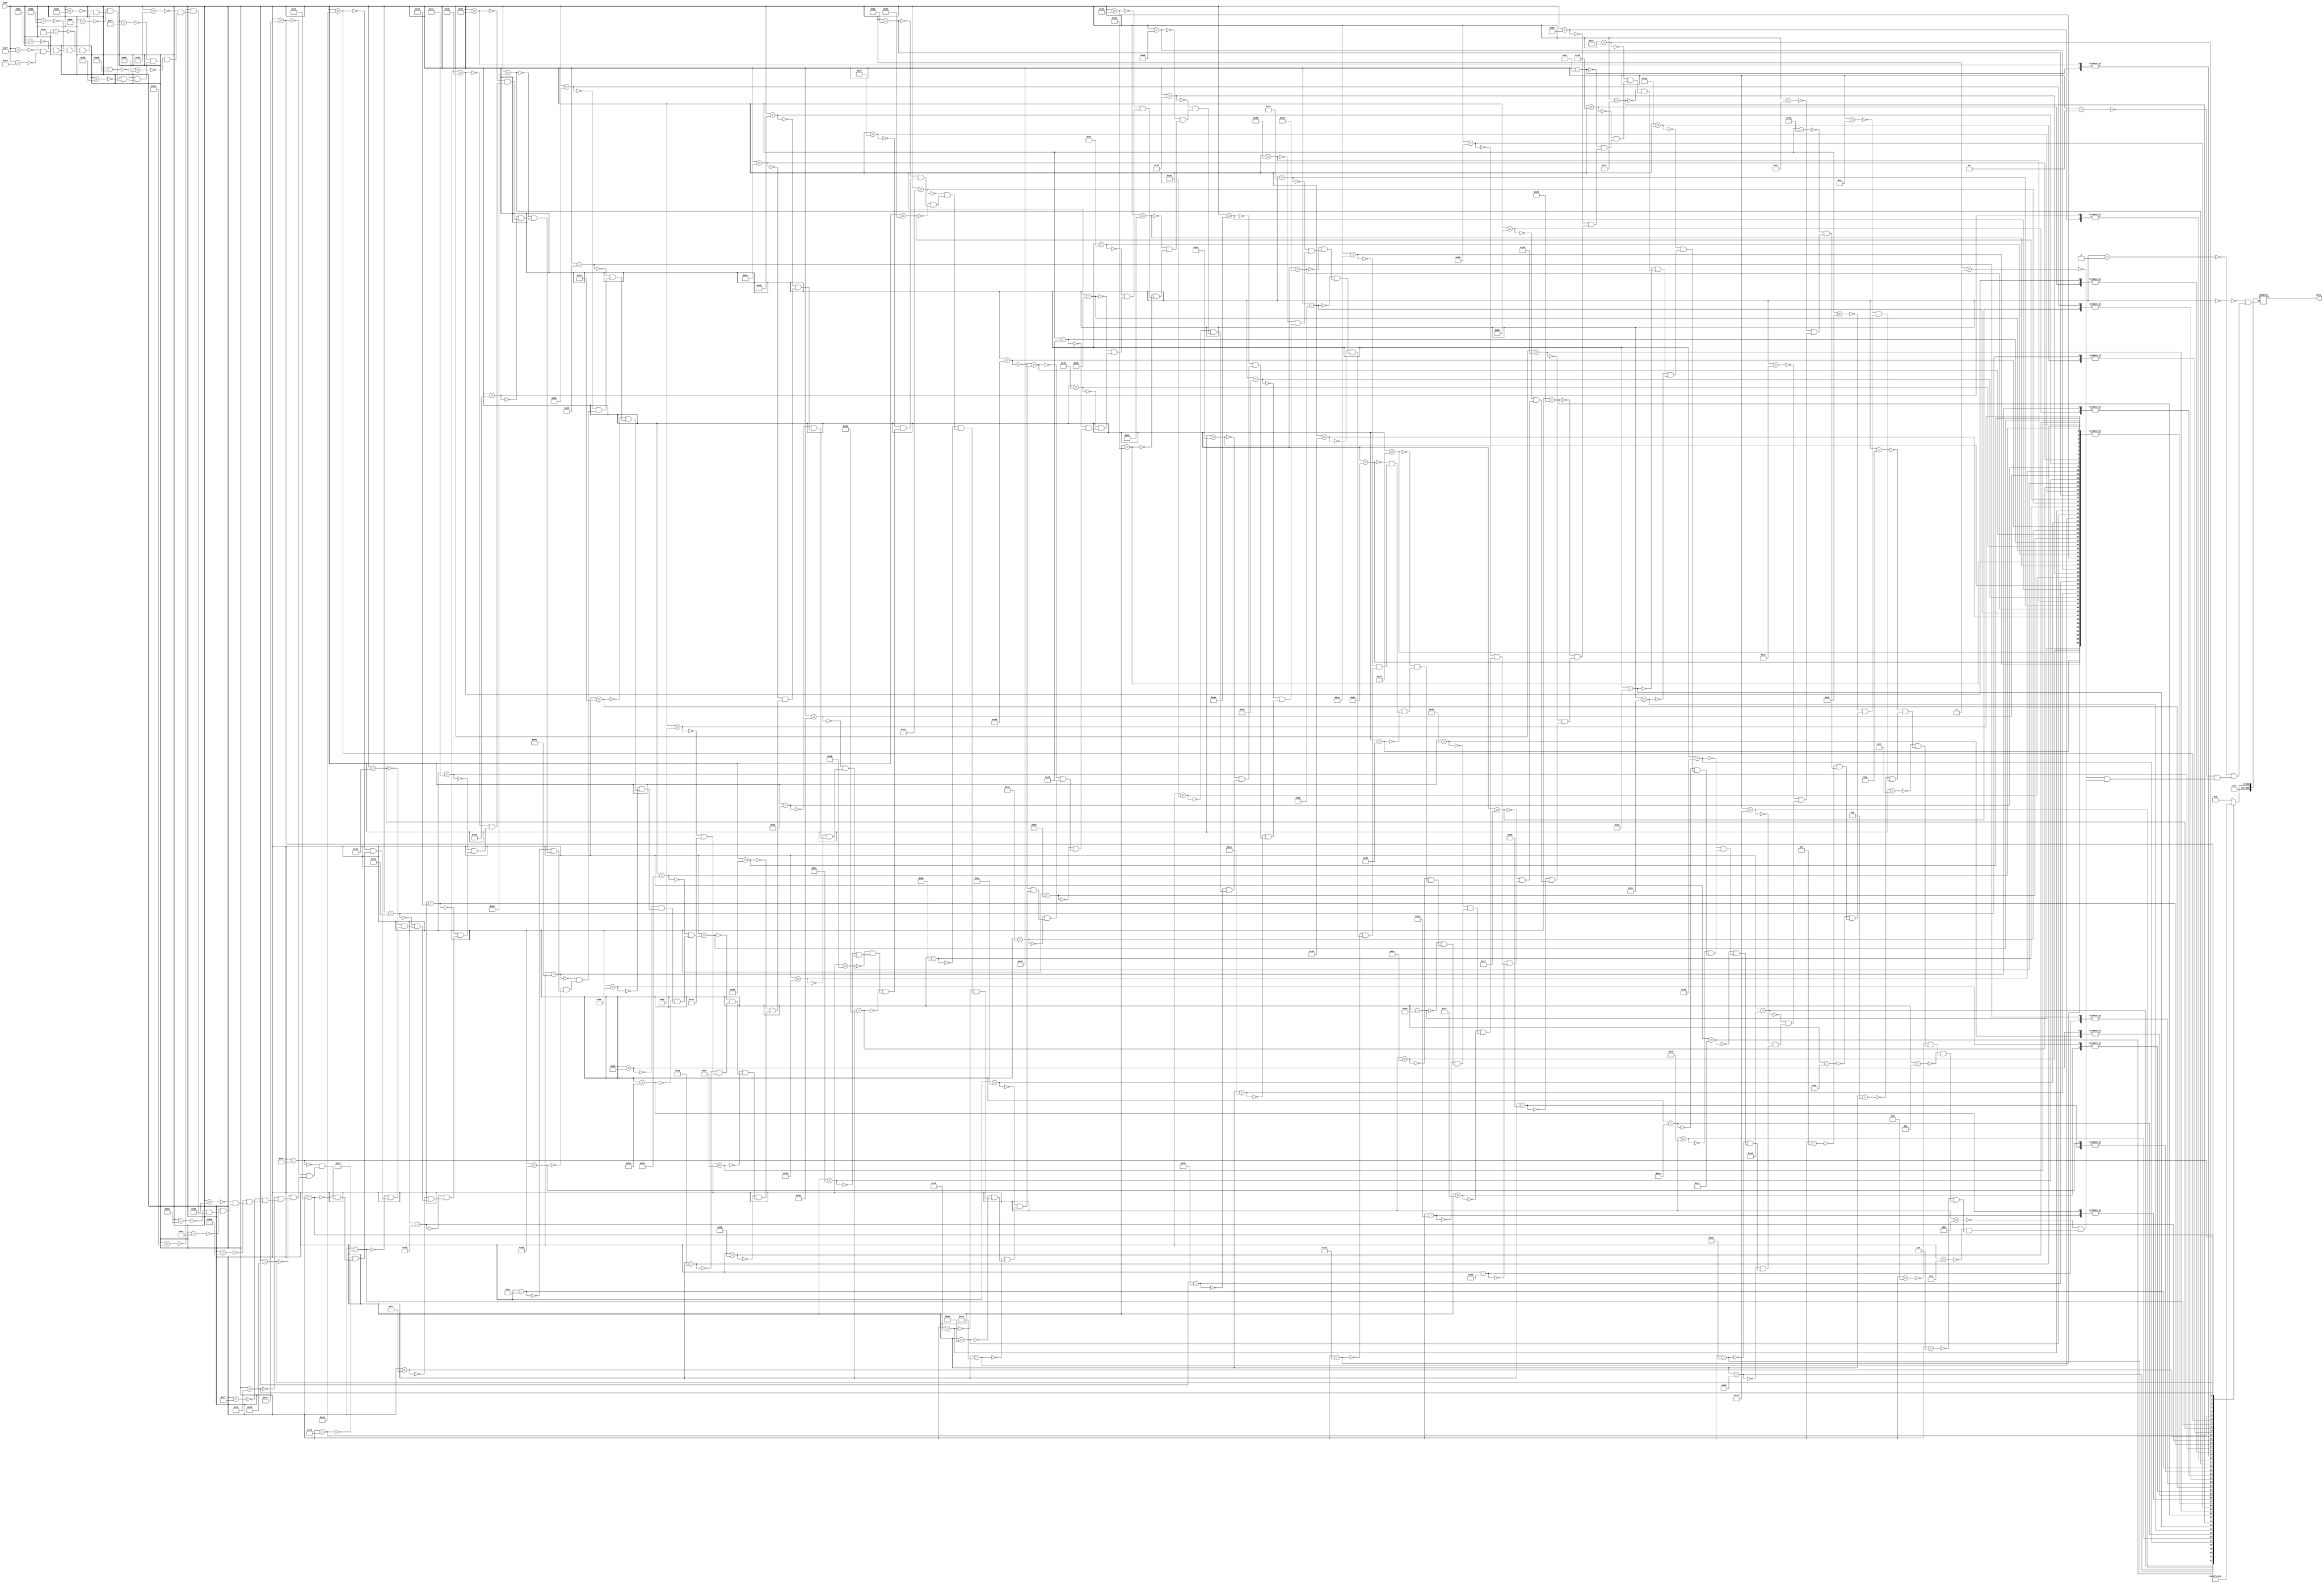
`timescale 1ns / 1ps
//////////////////////////////////////////////////////////////////////////////////
// Company: 
// Engineer: 
// 
// Design Name: 
// Module Name:    ROM_Hexagon 
// Project Name: 
// Target Devices: 
// Tool versions: 
// Description: 
//
// Dependencies: 
//
// Revision: 
// Revision 0.01 - File Created
// Additional Comments: 
//
//////////////////////////////////////////////////////////////////////////////////
module ROM_Hexagon(
    input [7:0] addr,
    output reg [199:0] data
    );

always @* begin
	case(addr)
		8'h0: data = 200'b00000000000000000000000000000000000000000000000000000000000000000000000000000000000000000000000000000000000000000000000000000000000000000000000000000000000000000000000000000000000000000000000000000000;
		8'h1: data = 200'b00000000000000000000000000000000000000000000000000000000000000000000000000000000000000000000000000000000000000000000000000000000000000000000000000000000000000000000000000000000000000000000000000000000;
		8'h2: data = 200'b00000000000000000000000000000000000000000000000000000000000000000000000000000000000000000000000000000000000000000000000000000000000000000000000000000000000000000000000000000000000000000000000000000000;
		8'h3: data = 200'b00000000000000000000000000000000000000000000000000000000000000000000000000000000000000000000000000000000000000000000000000000000000000000000000000000000000000000000000000000000000000000000000000000000;
		8'h4: data = 200'b00000000000000000000000000000000000000000000000000000000000000000000000000000000000000000000000000000000000000000000000000000000000000000000000000000000000000000000000000000000000000000000000000000000;
		8'h5: data = 200'b00000000000000000000000000000000000000000000000000000000000000000000000000000000000000000000000000000000000000000000000000000000000000000000000000000000000000000000000000000000000000000000000000000000;
		8'h6: data = 200'b00000000000000000000000000000000000000000000000000000000000000000000000000000000000000000000000000000000000000000000000000000000000000000000000000000000000000000000000000000000000000000000000000000000;
		8'h7: data = 200'b00000000000000000000000000000000000000000000000000000000000000000000000000000000000000000000000000000000000000000000000000000000000000000000000000000000000000000000000000000000000000000000000000000000;
		8'h8: data = 200'b00000000000000000000000000000000000000000000000000000000000000000000000000000000000000000000000000000000000000000000000000000000000000000000000000000000000000000000000000000000000000000000000000000000;
		8'h9: data = 200'b00000000000000000000000000000000000000000000000000000000000000000000000000000000000000000000000000000000000000000000000000000000000000000000000000000000000000000000000000000000000000000000000000000000;
		8'ha: data = 200'b00000000000000000000000000000000000000000000000000000000000000000000000000000000000000000000000000000000000000000000000000000000000000000000000000000000000000000000000000000000000000000000000000000000;
		8'hb: data = 200'b00000000000000000000000000000000000000000000000000000000000000000000000000000000000000000000000000000000000000000000000000000000000000000000000000000000000000000000000000000000000000000000000000000000;
		8'hc: data = 200'b00000000000000000000000000000000000000000000000000000000000000000000000000000000000000000000000000000000000000000000000000000000000000000000000000000000000000000000000000000000000000000000000000000000;
		8'hd: data = 200'b00000000000000000000000000000000000000000000000000000000000000000000000000000000000000000000000000000000000000000000000000000000000000000000000000000000000000000000000000000000000000000000000000000000;
		8'he: data = 200'b00000000000000000000000000000000000000000000000000000000000000000000000000000000000000000000000000000000000000000000000000000000000000000000000000000000000000000000000000000000000000000000000000000000;
		8'hf: data = 200'b00000000000000000000000000000000000000000000000000000000000000000000000000000000000000000000000000000000000000000000000000000000000000000000000000000000000000000000000000000000000000000000000000000000;
		8'h10: data = 200'b00000000000000000000000000000000000000000000000000000000000000000000000000000000000000000000000000000000000000000000000000000000000000000000000000000000000000000000000000000000000000000000000000000000;
		8'h11: data = 200'b00000000000000000000000000000000000000000000000000000000000000000000000000000000000000000000000000000000000000000000000000000000000000000000000000000000000000000000000000000000000000000000000000000000;
		8'h12: data = 200'b00000000000000000000000000000000000000000000000000000000000000000000000000000000000000000000000000000000000000000000000000000000000000000000000000000000000000000000000000000000000000000000000000000000;
		8'h13: data = 200'b00000000000000000000000000000000000000000000000000000000000000000000000000000000000000000000000000011100000000000000000000000000000000000000000000000000000000000000000000000000000000000000000000000000;
		8'h14: data = 200'b00000000000000000000000000000000000000000000000000000000000000000000000000000000000000000000000001111111000000000000000000000000000000000000000000000000000000000000000000000000000000000000000000000000;
		8'h15: data = 200'b00000000000000000000000000000000000000000000000000000000000000000000000000000000000000000000000111111111111000000000000000000000000000000000000000000000000000000000000000000000000000000000000000000000;
		8'h16: data = 200'b00000000000000000000000000000000000000000000000000000000000000000000000000000000000000000000111111111111111110000000000000000000000000000000000000000000000000000000000000000000000000000000000000000000;
		8'h17: data = 200'b00000000000000000000000000000000000000000000000000000000000000000000000000000000000000000011111111111111111111100000000000000000000000000000000000000000000000000000000000000000000000000000000000000000;
		8'h18: data = 200'b00000000000000000000000000000000000000000000000000000000000000000000000000000000000000001111111111111111111111111000000000000000000000000000000000000000000000000000000000000000000000000000000000000000;
		8'h19: data = 200'b00000000000000000000000000000000000000000000000000000000000000000000000000000000000000111111111111111111111111111110000000000000000000000000000000000000000000000000000000000000000000000000000000000000;
		8'h1a: data = 200'b00000000000000000000000000000000000000000000000000000000000000000000000000000000000011111111111111111111111111111111110000000000000000000000000000000000000000000000000000000000000000000000000000000000;
		8'h1b: data = 200'b00000000000000000000000000000000000000000000000000000000000000000000000000000000011111111111111111111111111111111111111100000000000000000000000000000000000000000000000000000000000000000000000000000000;
		8'h1c: data = 200'b00000000000000000000000000000000000000000000000000000000000000000000000000000001111111111111111111111111111111111111111111000000000000000000000000000000000000000000000000000000000000000000000000000000;
		8'h1d: data = 200'b00000000000000000000000000000000000000000000000000000000000000000000000000000111111111111111111111111111111111111111111111110000000000000000000000000000000000000000000000000000000000000000000000000000;
		8'h1e: data = 200'b00000000000000000000000000000000000000000000000000000000000000000000000000011111111111111111111111111111111111111111111111111100000000000000000000000000000000000000000000000000000000000000000000000000;
		8'h1f: data = 200'b00000000000000000000000000000000000000000000000000000000000000000000000001111111111111111111111111111111111111111111111111111111100000000000000000000000000000000000000000000000000000000000000000000000;
		8'h20: data = 200'b00000000000000000000000000000000000000000000000000000000000000000000001111111111111111111111111111111111111111111111111111111111111000000000000000000000000000000000000000000000000000000000000000000000;
		8'h21: data = 200'b00000000000000000000000000000000000000000000000000000000000000000000111111111111111111111111111111111111111111111111111111111111111110000000000000000000000000000000000000000000000000000000000000000000;
		8'h22: data = 200'b00000000000000000000000000000000000000000000000000000000000000000011111111111111111111111111111111111111111111111111111111111111111111100000000000000000000000000000000000000000000000000000000000000000;
		8'h23: data = 200'b00000000000000000000000000000000000000000000000000000000000000001111111111111111111111111111111111111111111111111111111111111111111111111000000000000000000000000000000000000000000000000000000000000000;
		8'h24: data = 200'b00000000000000000000000000000000000000000000000000000000000000111111111111111111111111111111111111111111111111111111111111111111111111111111000000000000000000000000000000000000000000000000000000000000;
		8'h25: data = 200'b00000000000000000000000000000000000000000000000000000000000111111111111111111111111111111111111111111111111111111111111111111111111111111111110000000000000000000000000000000000000000000000000000000000;
		8'h26: data = 200'b00000000000000000000000000000000000000000000000000000000011111111111111111111111111111111111111111111111111111111111111111111111111111111111111100000000000000000000000000000000000000000000000000000000;
		8'h27: data = 200'b00000000000000000000000000000000000000000000000000000001111111111111111111111111111111111111111111111111111111111111111111111111111111111111111111000000000000000000000000000000000000000000000000000000;
		8'h28: data = 200'b00000000000000000000000000000000000000000000000000000111111111111111111111111111111111111111111111111111111111111111111111111111111111111111111111110000000000000000000000000000000000000000000000000000;
		8'h29: data = 200'b00000000000000000000000000000000000000000000000000011111111111111111111111111111111111111111111111111111111111111111111111111111111111111111111111111110000000000000000000000000000000000000000000000000;
		8'h2a: data = 200'b00000000000000000000000000000000000000000000000011111111111111111111111111111111111111111111111111111111111111111111111111111111111111111111111111111111100000000000000000000000000000000000000000000000;
		8'h2b: data = 200'b00000000000000000000000000000000000000000000001111111111111111111111111111111111111111111111111111111111111111111111111111111111111111111111111111111111111000000000000000000000000000000000000000000000;
		8'h2c: data = 200'b00000000000000000000000000000000000000000000111111111111111111111111111111111111111111111111111111111111111111111111111111111111111111111111111111111111111110000000000000000000000000000000000000000000;
		8'h2d: data = 200'b00000000000000000000000000000000000000000001111111111111111111111111111111111111111111111111111111111111111111111111111111111111111111111111111111111111111111000000000000000000000000000000000000000000;
		8'h2e: data = 200'b00000000000000000000000000000000000000000001111111111111111111111111111111111111111111111111111111111111111111111111111111111111111111111111111111111111111111000000000000000000000000000000000000000000;
		8'h2f: data = 200'b00000000000000000000000000000000000000000001111111111111111111111111111111111111111111111111111111111111111111111111111111111111111111111111111111111111111111000000000000000000000000000000000000000000;
		8'h30: data = 200'b00000000000000000000000000000000000000000001111111111111111111111111111111111111111111111111111111111111111111111111111111111111111111111111111111111111111111000000000000000000000000000000000000000000;
		8'h31: data = 200'b00000000000000000000000000000000000000000001111111111111111111111111111111111111111111111111111111111111111111111111111111111111111111111111111111111111111111000000000000000000000000000000000000000000;
		8'h32: data = 200'b00000000000000000000000000000000000000000001111111111111111111111111111111111111111111111111111111111111111111111111111111111111111111111111111111111111111111000000000000000000000000000000000000000000;
		8'h33: data = 200'b00000000000000000000000000000000000000000001111111111111111111111111111111111111111111111111111111111111111111111111111111111111111111111111111111111111111111000000000000000000000000000000000000000000;
		8'h34: data = 200'b00000000000000000000000000000000000000000001111111111111111111111111111111111111111111111111111111111111111111111111111111111111111111111111111111111111111111000000000000000000000000000000000000000000;
		8'h35: data = 200'b00000000000000000000000000000000000000000001111111111111111111111111111111111111111111111111111111111111111111111111111111111111111111111111111111111111111111000000000000000000000000000000000000000000;
		8'h36: data = 200'b00000000000000000000000000000000000000000001111111111111111111111111111111111111111111111111111111111111111111111111111111111111111111111111111111111111111111000000000000000000000000000000000000000000;
		8'h37: data = 200'b00000000000000000000000000000000000000000001111111111111111111111111111111111111111111111111111111111111111111111111111111111111111111111111111111111111111111000000000000000000000000000000000000000000;
		8'h38: data = 200'b00000000000000000000000000000000000000000001111111111111111111111111111111111111111111111111111111111111111111111111111111111111111111111111111111111111111111000000000000000000000000000000000000000000;
		8'h39: data = 200'b00000000000000000000000000000000000000000001111111111111111111111111111111111111111111111111111111111111111111111111111111111111111111111111111111111111111111000000000000000000000000000000000000000000;
		8'h3a: data = 200'b00000000000000000000000000000000000000000001111111111111111111111111111111111111111111111111111111111111111111111111111111111111111111111111111111111111111111000000000000000000000000000000000000000000;
		8'h3b: data = 200'b00000000000000000000000000000000000000000001111111111111111111111111111111111111111111111111111111111111111111111111111111111111111111111111111111111111111111000000000000000000000000000000000000000000;
		8'h3c: data = 200'b00000000000000000000000000000000000000000001111111111111111111111111111111111111111111111111111111111111111111111111111111111111111111111111111111111111111111000000000000000000000000000000000000000000;
		8'h3d: data = 200'b00000000000000000000000000000000000000000001111111111111111111111111111111111111111111111111111111111111111111111111111111111111111111111111111111111111111111000000000000000000000000000000000000000000;
		8'h3e: data = 200'b00000000000000000000000000000000000000000001111111111111111111111111111111111111111111111111111111111111111111111111111111111111111111111111111111111111111111000000000000000000000000000000000000000000;
		8'h3f: data = 200'b00000000000000000000000000000000000000000001111111111111111111111111111111111111111111111111111111111111111111111111111111111111111111111111111111111111111111000000000000000000000000000000000000000000;
		8'h40: data = 200'b00000000000000000000000000000000000000000001111111111111111111111111111111111111111111111111111111111111111111111111111111111111111111111111111111111111111111000000000000000000000000000000000000000000;
		8'h41: data = 200'b00000000000000000000000000000000000000000001111111111111111111111111111111111111111111111111111111111111111111111111111111111111111111111111111111111111111111000000000000000000000000000000000000000000;
		8'h42: data = 200'b00000000000000000000000000000000000000000001111111111111111111111111111111111111111111111111111111111111111111111111111111111111111111111111111111111111111111000000000000000000000000000000000000000000;
		8'h43: data = 200'b00000000000000000000000000000000000000000001111111111111111111111111111111111111111111111111111111111111111111111111111111111111111111111111111111111111111111000000000000000000000000000000000000000000;
		8'h44: data = 200'b00000000000000000000000000000000000000000001111111111111111111111111111111111111111111111111111111111111111111111111111111111111111111111111111111111111111111000000000000000000000000000000000000000000;
		8'h45: data = 200'b00000000000000000000000000000000000000000001111111111111111111111111111111111111111111111111111111111111111111111111111111111111111111111111111111111111111111000000000000000000000000000000000000000000;
		8'h46: data = 200'b00000000000000000000000000000000000000000001111111111111111111111111111111111111111111111111111111111111111111111111111111111111111111111111111111111111111111000000000000000000000000000000000000000000;
		8'h47: data = 200'b00000000000000000000000000000000000000000001111111111111111111111111111111111111111111111111111111111111111111111111111111111111111111111111111111111111111111000000000000000000000000000000000000000000;
		8'h48: data = 200'b00000000000000000000000000000000000000000001111111111111111111111111111111111111111111111111111111111111111111111111111111111111111111111111111111111111111111000000000000000000000000000000000000000000;
		8'h49: data = 200'b00000000000000000000000000000000000000000001111111111111111111111111111111111111111111111111111111111111111111111111111111111111111111111111111111111111111111000000000000000000000000000000000000000000;
		8'h4a: data = 200'b00000000000000000000000000000000000000000001111111111111111111111111111111111111111111111111111111111111111111111111111111111111111111111111111111111111111111000000000000000000000000000000000000000000;
		8'h4b: data = 200'b00000000000000000000000000000000000000000001111111111111111111111111111111111111111111111111111111111111111111111111111111111111111111111111111111111111111111000000000000000000000000000000000000000000;
		8'h4c: data = 200'b00000000000000000000000000000000000000000001111111111111111111111111111111111111111111111111111111111111111111111111111111111111111111111111111111111111111111000000000000000000000000000000000000000000;
		8'h4d: data = 200'b00000000000000000000000000000000000000000001111111111111111111111111111111111111111111111111111111111111111111111111111111111111111111111111111111111111111111000000000000000000000000000000000000000000;
		8'h4e: data = 200'b00000000000000000000000000000000000000000001111111111111111111111111111111111111111111111111111111111111111111111111111111111111111111111111111111111111111111000000000000000000000000000000000000000000;
		8'h4f: data = 200'b00000000000000000000000000000000000000000001111111111111111111111111111111111111111111111111111111111111111111111111111111111111111111111111111111111111111111000000000000000000000000000000000000000000;
		8'h50: data = 200'b00000000000000000000000000000000000000000001111111111111111111111111111111111111111111111111111111111111111111111111111111111111111111111111111111111111111111000000000000000000000000000000000000000000;
		8'h51: data = 200'b00000000000000000000000000000000000000000001111111111111111111111111111111111111111111111111111111111111111111111111111111111111111111111111111111111111111111000000000000000000000000000000000000000000;
		8'h52: data = 200'b00000000000000000000000000000000000000000001111111111111111111111111111111111111111111111111111111111111111111111111111111111111111111111111111111111111111111000000000000000000000000000000000000000000;
		8'h53: data = 200'b00000000000000000000000000000000000000000001111111111111111111111111111111111111111111111111111111111111111111111111111111111111111111111111111111111111111111000000000000000000000000000000000000000000;
		8'h54: data = 200'b00000000000000000000000000000000000000000001111111111111111111111111111111111111111111111111111111111111111111111111111111111111111111111111111111111111111111000000000000000000000000000000000000000000;
		8'h55: data = 200'b00000000000000000000000000000000000000000001111111111111111111111111111111111111111111111111111111111111111111111111111111111111111111111111111111111111111111000000000000000000000000000000000000000000;
		8'h56: data = 200'b00000000000000000000000000000000000000000001111111111111111111111111111111111111111111111111111111111111111111111111111111111111111111111111111111111111111111000000000000000000000000000000000000000000;
		8'h57: data = 200'b00000000000000000000000000000000000000000001111111111111111111111111111111111111111111111111111111111111111111111111111111111111111111111111111111111111111111000000000000000000000000000000000000000000;
		8'h58: data = 200'b00000000000000000000000000000000000000000001111111111111111111111111111111111111111111111111111111111111111111111111111111111111111111111111111111111111111111000000000000000000000000000000000000000000;
		8'h59: data = 200'b00000000000000000000000000000000000000000001111111111111111111111111111111111111111111111111111111111111111111111111111111111111111111111111111111111111111111000000000000000000000000000000000000000000;
		8'h5a: data = 200'b00000000000000000000000000000000000000000001111111111111111111111111111111111111111111111111111111111111111111111111111111111111111111111111111111111111111111000000000000000000000000000000000000000000;
		8'h5b: data = 200'b00000000000000000000000000000000000000000001111111111111111111111111111111111111111111111111111111111111111111111111111111111111111111111111111111111111111111000000000000000000000000000000000000000000;
		8'h5c: data = 200'b00000000000000000000000000000000000000000001111111111111111111111111111111111111111111111111111111111111111111111111111111111111111111111111111111111111111111000000000000000000000000000000000000000000;
		8'h5d: data = 200'b00000000000000000000000000000000000000000001111111111111111111111111111111111111111111111111111111111111111111111111111111111111111111111111111111111111111111000000000000000000000000000000000000000000;
		8'h5e: data = 200'b00000000000000000000000000000000000000000001111111111111111111111111111111111111111111111111111111111111111111111111111111111111111111111111111111111111111111000000000000000000000000000000000000000000;
		8'h5f: data = 200'b00000000000000000000000000000000000000000001111111111111111111111111111111111111111111111111111111111111111111111111111111111111111111111111111111111111111111000000000000000000000000000000000000000000;
		8'h60: data = 200'b00000000000000000000000000000000000000000001111111111111111111111111111111111111111111111111111111111111111111111111111111111111111111111111111111111111111111000000000000000000000000000000000000000000;
		8'h61: data = 200'b00000000000000000000000000000000000000000001111111111111111111111111111111111111111111111111111111111111111111111111111111111111111111111111111111111111111111000000000000000000000000000000000000000000;
		8'h62: data = 200'b00000000000000000000000000000000000000000001111111111111111111111111111111111111111111111111111111111111111111111111111111111111111111111111111111111111111111000000000000000000000000000000000000000000;
		8'h63: data = 200'b00000000000000000000000000000000000000000001111111111111111111111111111111111111111111111111111111111111111111111111111111111111111111111111111111111111111111000000000000000000000000000000000000000000;
		8'h64: data = 200'b00000000000000000000000000000000000000000000111111111111111111111111111111111111111111111111111111111111111111111111111111111111111111111111111111111111111110000000000000000000000000000000000000000000;
		8'h65: data = 200'b00000000000000000000000000000000000000000000001111111111111111111111111111111111111111111111111111111111111111111111111111111111111111111111111111111111111000000000000000000000000000000000000000000000;
		8'h66: data = 200'b00000000000000000000000000000000000000000000000011111111111111111111111111111111111111111111111111111111111111111111111111111111111111111111111111111111100000000000000000000000000000000000000000000000;
		8'h67: data = 200'b00000000000000000000000000000000000000000000000000111111111111111111111111111111111111111111111111111111111111111111111111111111111111111111111111111110000000000000000000000000000000000000000000000000;
		8'h68: data = 200'b00000000000000000000000000000000000000000000000000000111111111111111111111111111111111111111111111111111111111111111111111111111111111111111111111110000000000000000000000000000000000000000000000000000;
		8'h69: data = 200'b00000000000000000000000000000000000000000000000000000001111111111111111111111111111111111111111111111111111111111111111111111111111111111111111111000000000000000000000000000000000000000000000000000000;
		8'h6a: data = 200'b00000000000000000000000000000000000000000000000000000000011111111111111111111111111111111111111111111111111111111111111111111111111111111111111100000000000000000000000000000000000000000000000000000000;
		8'h6b: data = 200'b00000000000000000000000000000000000000000000000000000000000111111111111111111111111111111111111111111111111111111111111111111111111111111111110000000000000000000000000000000000000000000000000000000000;
		8'h6c: data = 200'b00000000000000000000000000000000000000000000000000000000000001111111111111111111111111111111111111111111111111111111111111111111111111111111000000000000000000000000000000000000000000000000000000000000;
		8'h6d: data = 200'b00000000000000000000000000000000000000000000000000000000000000001111111111111111111111111111111111111111111111111111111111111111111111111100000000000000000000000000000000000000000000000000000000000000;
		8'h6e: data = 200'b00000000000000000000000000000000000000000000000000000000000000000011111111111111111111111111111111111111111111111111111111111111111111100000000000000000000000000000000000000000000000000000000000000000;
		8'h6f: data = 200'b00000000000000000000000000000000000000000000000000000000000000000000111111111111111111111111111111111111111111111111111111111111111110000000000000000000000000000000000000000000000000000000000000000000;
		8'h70: data = 200'b00000000000000000000000000000000000000000000000000000000000000000000001111111111111111111111111111111111111111111111111111111111111000000000000000000000000000000000000000000000000000000000000000000000;
		8'h71: data = 200'b00000000000000000000000000000000000000000000000000000000000000000000000011111111111111111111111111111111111111111111111111111111100000000000000000000000000000000000000000000000000000000000000000000000;
		8'h72: data = 200'b00000000000000000000000000000000000000000000000000000000000000000000000000111111111111111111111111111111111111111111111111111110000000000000000000000000000000000000000000000000000000000000000000000000;
		8'h73: data = 200'b00000000000000000000000000000000000000000000000000000000000000000000000000001111111111111111111111111111111111111111111111111000000000000000000000000000000000000000000000000000000000000000000000000000;
		8'h74: data = 200'b00000000000000000000000000000000000000000000000000000000000000000000000000000001111111111111111111111111111111111111111111100000000000000000000000000000000000000000000000000000000000000000000000000000;
		8'h75: data = 200'b00000000000000000000000000000000000000000000000000000000000000000000000000000000011111111111111111111111111111111111111100000000000000000000000000000000000000000000000000000000000000000000000000000000;
		8'h76: data = 200'b00000000000000000000000000000000000000000000000000000000000000000000000000000000000111111111111111111111111111111111110000000000000000000000000000000000000000000000000000000000000000000000000000000000;
		8'h77: data = 200'b00000000000000000000000000000000000000000000000000000000000000000000000000000000000001111111111111111111111111111111000000000000000000000000000000000000000000000000000000000000000000000000000000000000;
		8'h78: data = 200'b00000000000000000000000000000000000000000000000000000000000000000000000000000000000000011111111111111111111111111100000000000000000000000000000000000000000000000000000000000000000000000000000000000000;
		8'h79: data = 200'b00000000000000000000000000000000000000000000000000000000000000000000000000000000000000000111111111111111111111110000000000000000000000000000000000000000000000000000000000000000000000000000000000000000;
		8'h7a: data = 200'b00000000000000000000000000000000000000000000000000000000000000000000000000000000000000000001111111111111111111000000000000000000000000000000000000000000000000000000000000000000000000000000000000000000;
		8'h7b: data = 200'b00000000000000000000000000000000000000000000000000000000000000000000000000000000000000000000001111111111111100000000000000000000000000000000000000000000000000000000000000000000000000000000000000000000;
		8'h7c: data = 200'b00000000000000000000000000000000000000000000000000000000000000000000000000000000000000000000000011111111100000000000000000000000000000000000000000000000000000000000000000000000000000000000000000000000;
		8'h7d: data = 200'b00000000000000000000000000000000000000000000000000000000000000000000000000000000000000000000000000111110000000000000000000000000000000000000000000000000000000000000000000000000000000000000000000000000;
		8'h7e: data = 200'b00000000000000000000000000000000000000000000000000000000000000000000000000000000000000000000000000001000000000000000000000000000000000000000000000000000000000000000000000000000000000000000000000000000;
		8'h7f: data = 200'b00000000000000000000000000000000000000000000000000000000000000000000000000000000000000000000000000000000000000000000000000000000000000000000000000000000000000000000000000000000000000000000000000000000;
		8'h80: data = 200'b00000000000000000000000000000000000000000000000000000000000000000000000000000000000000000000000000000000000000000000000000000000000000000000000000000000000000000000000000000000000000000000000000000000;
		8'h81: data = 200'b00000000000000000000000000000000000000000000000000000000000000000000000000000000000000000000000000000000000000000000000000000000000000000000000000000000000000000000000000000000000000000000000000000000;
		8'h82: data = 200'b00000000000000000000000000000000000000000000000000000000000000000000000000000000000000000000000000000000000000000000000000000000000000000000000000000000000000000000000000000000000000000000000000000000;
		8'h83: data = 200'b00000000000000000000000000000000000000000000000000000000000000000000000000000000000000000000000000000000000000000000000000000000000000000000000000000000000000000000000000000000000000000000000000000000;
		8'h84: data = 200'b00000000000000000000000000000000000000000000000000000000000000000000000000000000000000000000000000000000000000000000000000000000000000000000000000000000000000000000000000000000000000000000000000000000;
		8'h85: data = 200'b00000000000000000000000000000000000000000000000000000000000000000000000000000000000000000000000000000000000000000000000000000000000000000000000000000000000000000000000000000000000000000000000000000000;
		8'h86: data = 200'b00000000000000000000000000000000000000000000000000000000000000000000000000000000000000000000000000000000000000000000000000000000000000000000000000000000000000000000000000000000000000000000000000000000;
		8'h87: data = 200'b00000000000000000000000000000000000000000000000000000000000000000000000000000000000000000000000000000000000000000000000000000000000000000000000000000000000000000000000000000000000000000000000000000000;
		8'h88: data = 200'b00000000000000000000000000000000000000000000000000000000000000000000000000000000000000000000000000000000000000000000000000000000000000000000000000000000000000000000000000000000000000000000000000000000;
		8'h89: data = 200'b00000000000000000000000000000000000000000000000000000000000000000000000000000000000000000000000000000000000000000000000000000000000000000000000000000000000000000000000000000000000000000000000000000000;
		8'h8a: data = 200'b00000000000000000000000000000000000000000000000000000000000000000000000000000000000000000000000000000000000000000000000000000000000000000000000000000000000000000000000000000000000000000000000000000000;
		8'h8b: data = 200'b00000000000000000000000000000000000000000000000000000000000000000000000000000000000000000000000000000000000000000000000000000000000000000000000000000000000000000000000000000000000000000000000000000000;
		8'h8c: data = 200'b00000000000000000000000000000000000000000000000000000000000000000000000000000000000000000000000000000000000000000000000000000000000000000000000000000000000000000000000000000000000000000000000000000000;
		8'h8d: data = 200'b00000000000000000000000000000000000000000000000000000000000000000000000000000000000000000000000000000000000000000000000000000000000000000000000000000000000000000000000000000000000000000000000000000000;
		8'h8e: data = 200'b00000000000000000000000000000000000000000000000000000000000000000000000000000000000000000000000000000000000000000000000000000000000000000000000000000000000000000000000000000000000000000000000000000000;
		8'h8f: data = 200'b00000000000000000000000000000000000000000000000000000000000000000000000000000000000000000000000000000000000000000000000000000000000000000000000000000000000000000000000000000000000000000000000000000000;
		8'h90: data = 200'b00000000000000000000000000000000000000000000000000000000000000000000000000000000000000000000000000000000000000000000000000000000000000000000000000000000000000000000000000000000000000000000000000000000;	
	endcase
end

endmodule